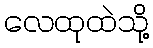
လေထုထဲသို့